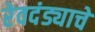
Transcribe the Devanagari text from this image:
रेवदंड्याचे